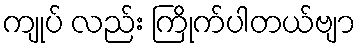
ကျုပ် လည်း ကြိုက်ပါတယ်ဗျာ